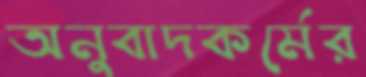
অনুবাদকর্মের